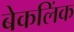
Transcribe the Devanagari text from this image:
बेकलिंक